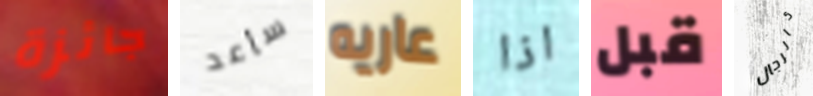
جائزة سأعد عاريه اذا قبل كالرجال